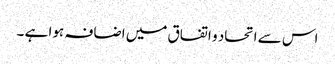
اس سے اتحاد و اتفاق میں اضافہ ہوا ہے ۔